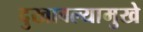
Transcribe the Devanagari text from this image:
दुखावल्यामुखे